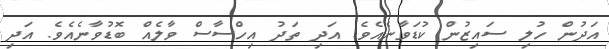
އަދުން ހުލި ސައިޒުން ކުޑަވާނެއެވެ. އަދި ތަދު އިހްސާސް ވާލެއް ބޮޑުވާނެއެވެ. އަދި